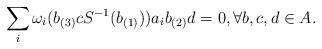
LaTeX: \begin{align*}\sum_i \omega_i(b_{(3)}cS^{-1}(b_{(1)}))a_ib_{(2)}d = 0,\forall b,c,d\in A. \end{align*}